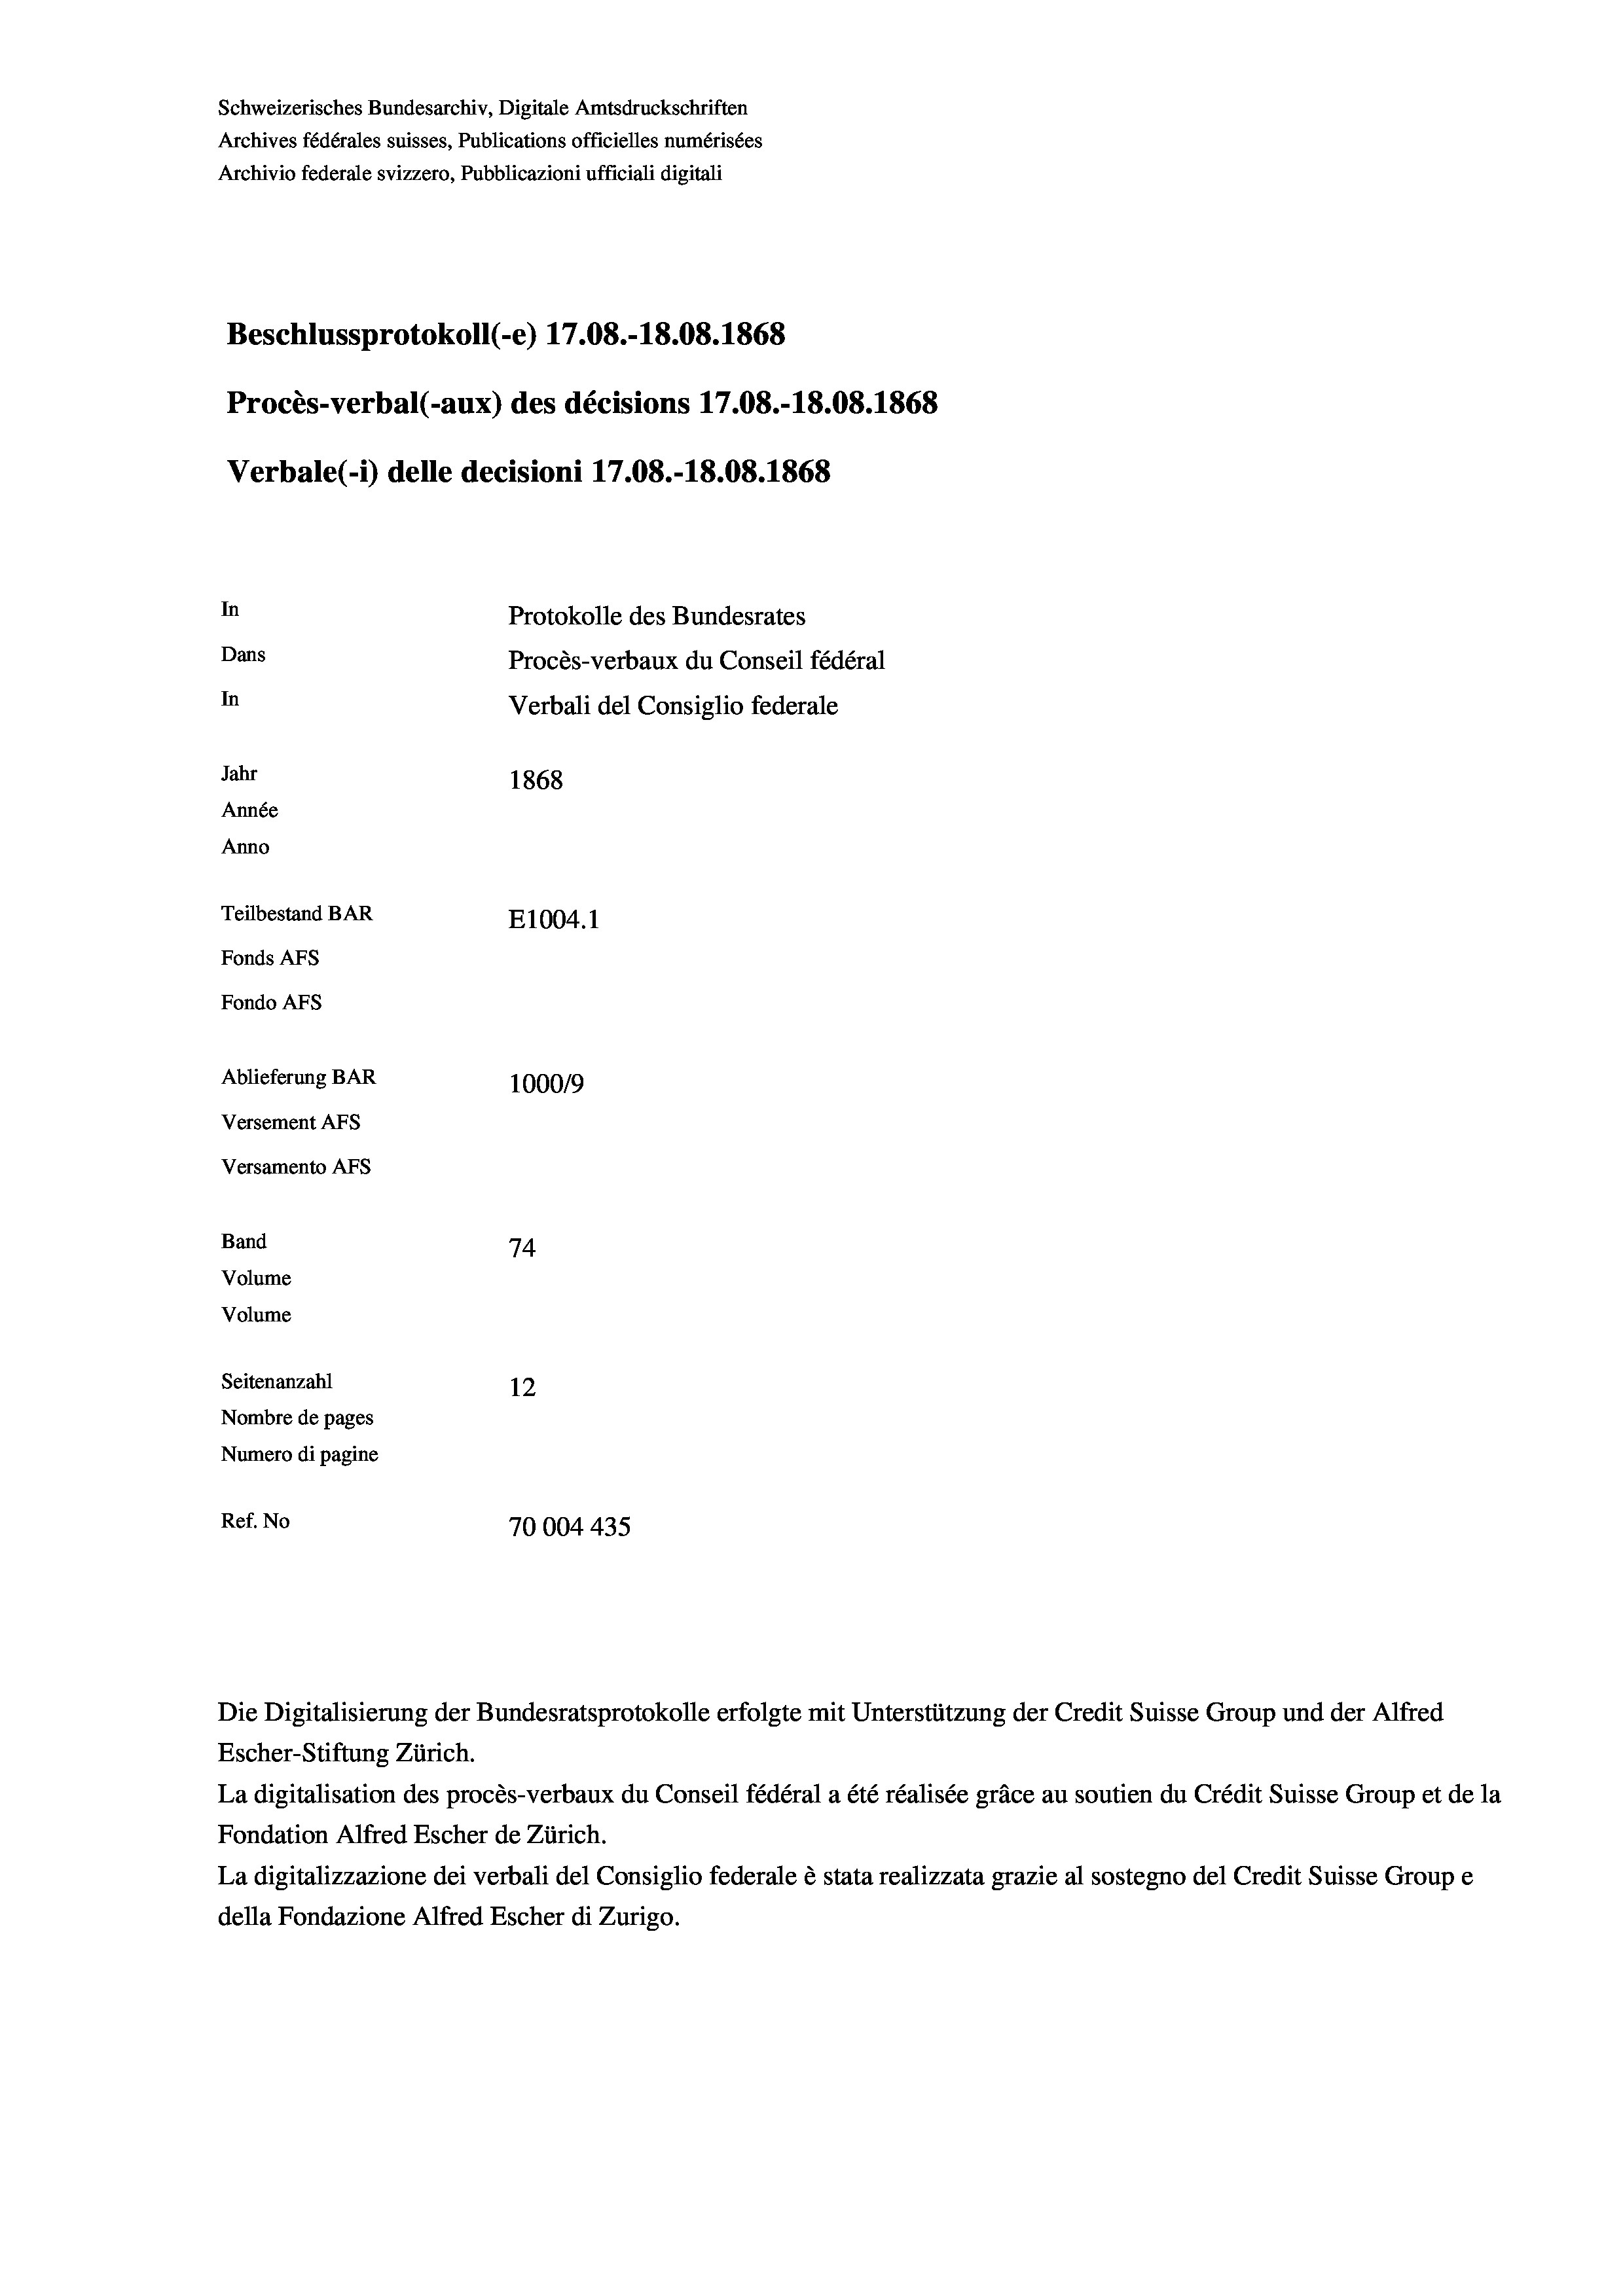
Schweizerisches Bundesarchiv, Digitale Amtsdruckschriften
Archives fédérales suisses, Publications officielles numérisées
Archivio federale svizzero, Pubblicazioni ufficiali digitali
Beschlussprotokoll (-e) 17.08.-18.08. 1868
Procès-verbal (-aux) des décisions 17.08.-18.08. 1868
Verbale(-*) delle decisioni 17.08.-18.08. 1868
In
Protokolle des Bundesrates
Dans
Procès-verbaux du Conseil fédéral
In
Verbali del Consiglio federale
Jahr
1868
Année
Anno
Teilbestand BAR
E1004. 1
Fonds AFs
Fondo Afs
Ablieferung BAR
100019
Versement AFs
Versamento AFs
Band
74
Volume
Volume

Seitenanzahl
12
Nombre de pages
Numero di pagine
Ref. No
70004435

Die Digitalisierung der Bundesratsprotokolle erfolgte mit Unterstützung der Credit Suisse Group und der Alfred
Escher-Stiftung Zürich.
La digitalisation des procès-verbaux du Conseil fédéral a été réalisée gräce au soutien du Crédit Suisse Group et de la
Fondation Alfred Escher de Zürich.
La digitalizzazione dei verbali del Consiglio federale è stata realizzata grazie al sostegno del Credit Suisse Groupe
della Fondazione Alfred Escher di Zurigo.